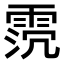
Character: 𩂸